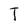
Character: T